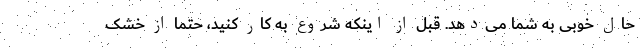
حال خوبی به شما می‌دهد. قبل از اینکه شروع به کار کنید، حتماً از خشک